38_143685_box7_Incident_Summaries_1-100
Agency: Department of War
Page 59
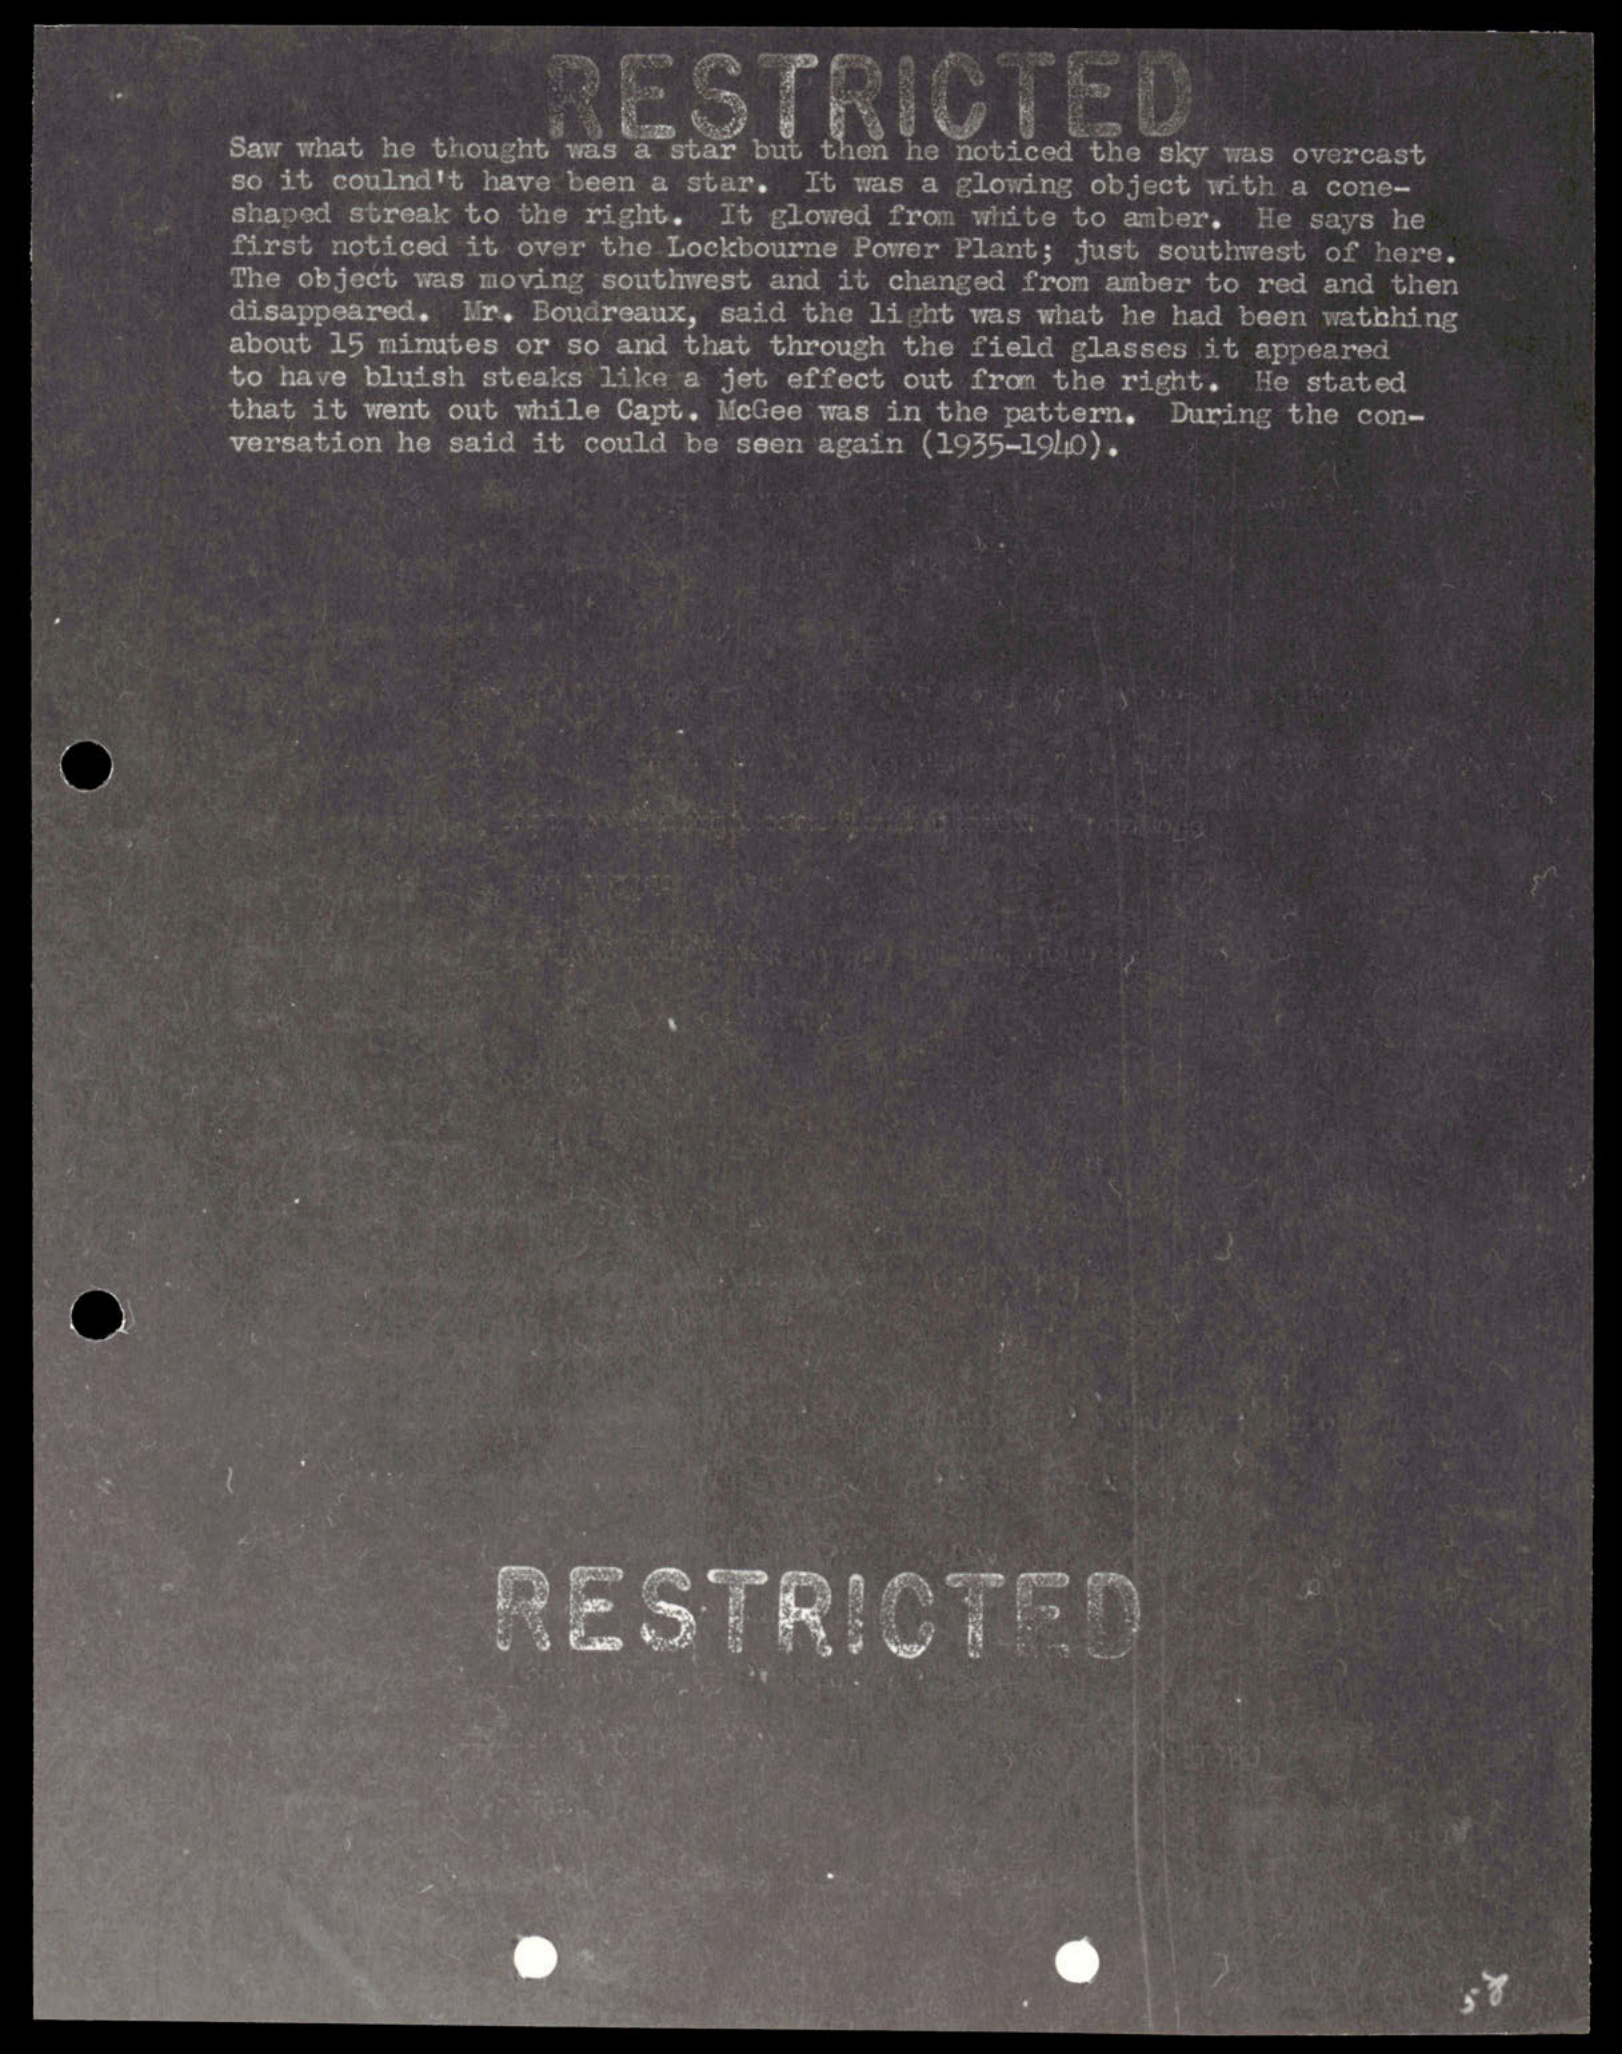